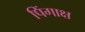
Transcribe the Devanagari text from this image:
पिंगाक्ष